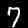
Label: 7